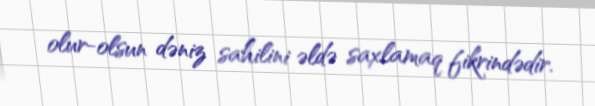
olur-olsun dəniz sahilini əldə saxlamaq fikrindədir.